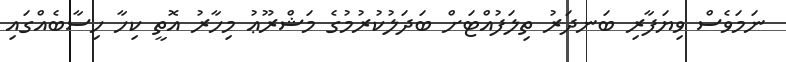
ނަމަވެސް ވިޔަފާރި ބަނދަރު ތިލަފުއްޓަށް ބަދަލުކުރުމުގެ މަޝްރޫޢު މިހާރު އޮތީ ކިހާ ހިސާބެއްގައި